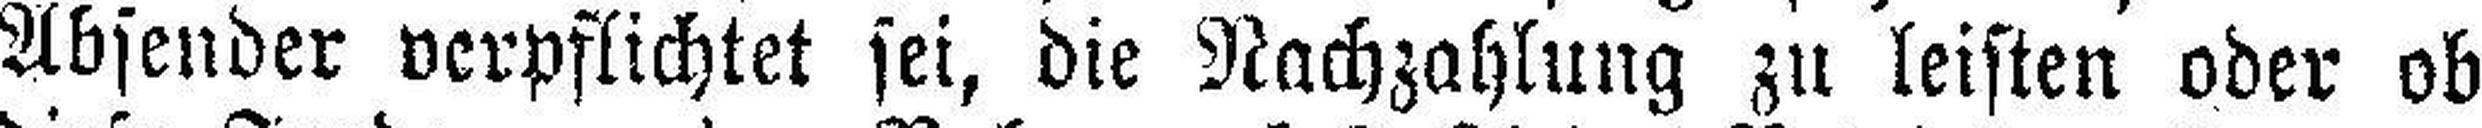
Absender verpflichtet sei, die Nachzahlung zu leisten oder ob